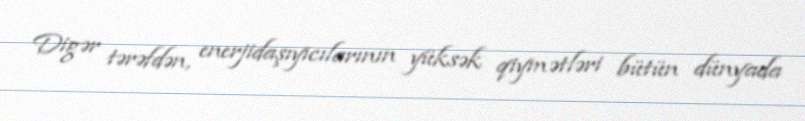
Digər tərəfdən, enerjidaşıyıcılarının yüksək qiymətləri bütün dünyada